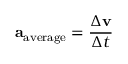
\mathbf { a } _ { \mathrm { a v e r a g e } } = { \frac { \Delta \mathbf { v } } { \Delta t } }